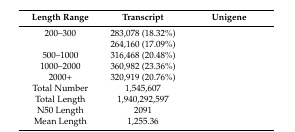
<table><thead><tr><td><b>Length Range</b></td><td><b>Transcript</b></td><td><b>Unigene</b></td></tr></thead><tbody><tr><td>200–300</td><td>283,078 (18.32%)</td><td>[EMPTY_CELL]</td></tr><tr><td>[EMPTY_CELL]</td><td>264,160 (17.09%)</td><td>[EMPTY_CELL]</td></tr><tr><td>500–1000</td><td>316,468 (20.48%)</td><td>[EMPTY_CELL]</td></tr><tr><td>1000–2000</td><td>360,982 (23.36%)</td><td>[EMPTY_CELL]</td></tr><tr><td>2000+</td><td>320,919 (20.76%)</td><td>[EMPTY_CELL]</td></tr><tr><td>Total Number</td><td>1,545,607</td><td>[EMPTY_CELL]</td></tr><tr><td>Total Length</td><td>1,940,292,597</td><td>[EMPTY_CELL]</td></tr><tr><td>N50 Length</td><td>2091</td><td>[EMPTY_CELL]</td></tr><tr><td>Mean Length</td><td>1,255.36</td><td>[EMPTY_CELL]</td></tr></tbody></table>